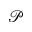
\mathcal { P }